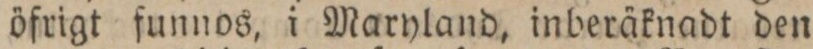
öfrigt funnos, i Maryland, inberäknadt den